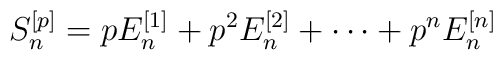
S_n^{[p]} = p E_n^{[1]}+p^2E_n^{[2]}+\cdots+p^n E_n^{[n]}